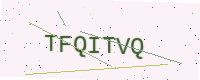
Text: TFQITVQ